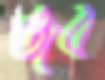
জব